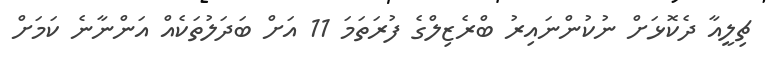
ޗިލީއާ ދެކޮޅަށް ނުކުންނައިރު ބްރެޒިލްގެ ފުރަތަމަ 11 އަށް ބަދަލުތަކެއް އަންނާނެ ކަމަށް